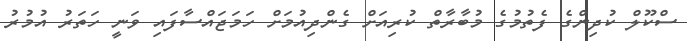
ސްކޫލް ކުދިންގެ ފެތުމުގެ މުބާރާތް ކުރިއަށް ގެންދިއުމަށް ހަމަޖައްސާފައި ވަނީ ހަތަރު އުމުރު